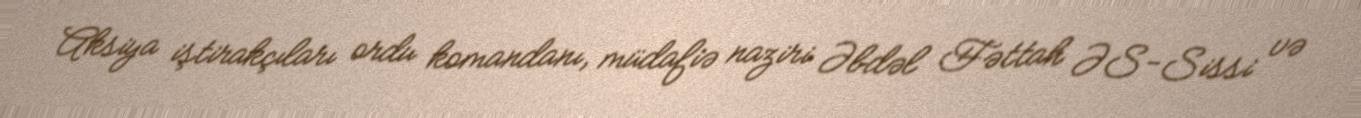
Aksiya iştirakçıları ordu komandanı, müdafiə naziri Əbdəl Fəttah ƏS-Sissi və